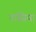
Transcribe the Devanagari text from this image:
नासिया